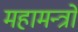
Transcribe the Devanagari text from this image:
महामन्त्रो